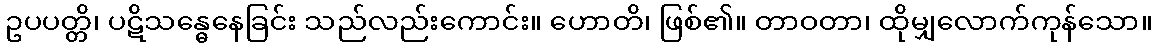
ဥပပတ္တိ၊ ပဋိသန္ဓေနေခြင်း သည်လည်းကောင်း။ ဟောတိ၊ ဖြစ်၏။ တာဝတာ၊ ထိုမျှလောက်ကုန်သော။